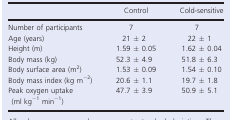
<table><thead><tr><td></td><td><b>Control</b></td><td><b>Cold‐sensitive</b></td></tr></thead><tbody><tr><td>Number of participants</td><td>7</td><td>7</td></tr><tr><td>Age (years)</td><td>21 ± 2</td><td>22 ± 1</td></tr><tr><td>Height (m)</td><td>1.59 ± 0.05</td><td>1.62 ± 0.04</td></tr><tr><td>Body mass (kg)</td><td>52.3 ± 4.9</td><td>51.8 ± 6.3</td></tr><tr><td>Body surface area (m<sup>2</sup>)</td><td>1.53 ± 0.09</td><td>1.54 ± 0.10</td></tr><tr><td>Body mass index (kg m<sup>−2</sup>)</td><td>20.6 ± 1.1</td><td>19.7 ± 1.8</td></tr><tr><td>Peak oxygen uptake (ml kg<sup>−1</sup> min<sup>−1</sup>)</td><td>47.7 ± 3.9</td><td>50.9 ± 5.1</td></tr></tbody></table>